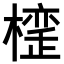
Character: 𣚪